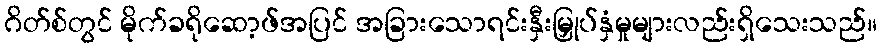
ဂိတ်စ်တွင် မိုက်ခရိုဆော့ဖ်အပြင် အခြားသောရင်းနှီးမြှုပ်နှံမှုများလည်းရှိသေးသည်။